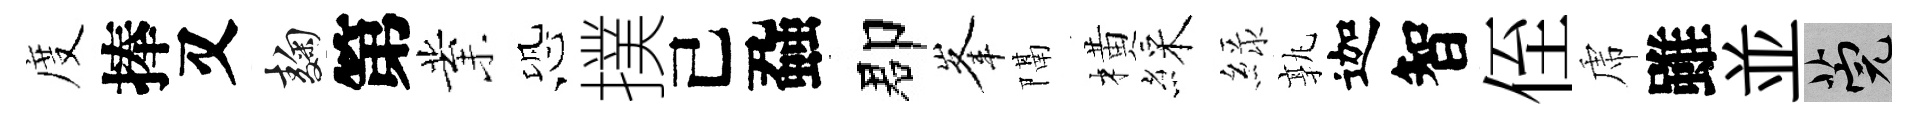
度捧又麹第業恐撲己蝨郡峯隔橫綵緑孰迦智侄虎雖並筦